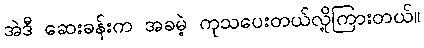
အဲဒီ ဆေးခန်းက အခမဲ့ ကုသပေးတယ်လို့ကြားတယ်။